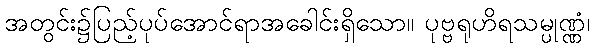
အတွင်း၌ပြည့်ပုပ်အောင်ရာအခေါင်းရှိသော။ ပုဗ္ဗရုဟိရသမ္ပုဏ္ဏံ၊